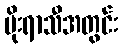
မိုးရာသီအတွင်း